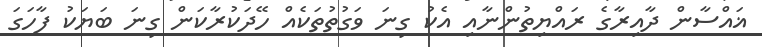
ޣައްސާން ދާއިރާގެ ރައްޔިތުންނާއި އެކު ގިނަ ވަގުތުތަކެއް ހޭދަކުރާކަން ގިނަ ބަޔަކު ފާހަގަ